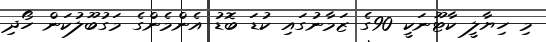
މި ހިޔާލީ ކާޓޫނަކީ 90ގެ ޒަމާނުގައި ކުޑަ ބޮޑު އެންމެންގެ މަގުބޫލުކަން ހޯދި